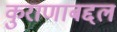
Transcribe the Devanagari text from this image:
कुराणाबद्दल